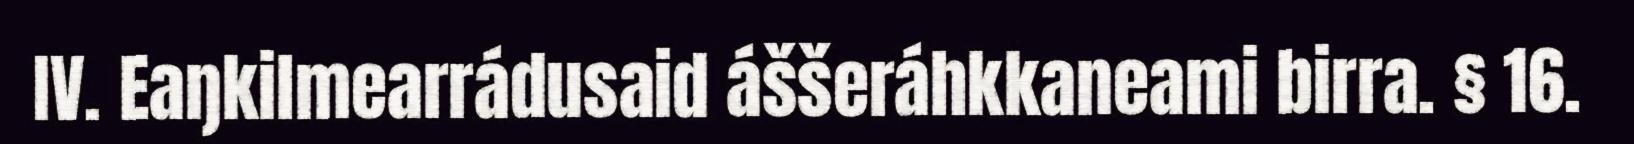
IV. Eaŋkilmearrádusaid áššeráhkkaneami birra. § 16.